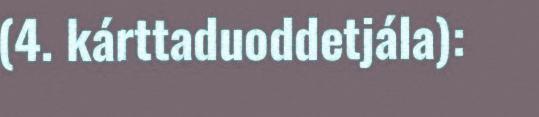
(4. kárttaduoddetjála):